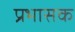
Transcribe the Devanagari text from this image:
प्रभासक